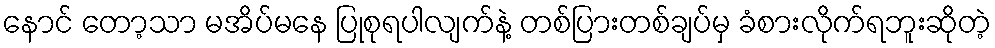
နောင် တော့သာ မအိပ်မနေ ပြုစုရပါလျက်နဲ့ တစ်ပြားတစ်ချပ်မှ ခံစားလိုက်ရဘူးဆိုတဲ့